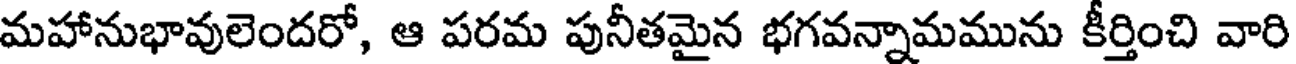
మహానుభావులెందరో, ఆ పరమ పునీతమైన భగవన్నామమును కీర్తించి వారి